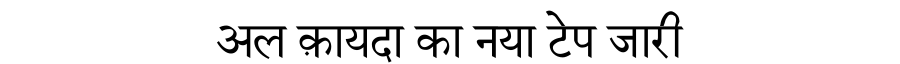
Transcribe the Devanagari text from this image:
अल क़ायदा का नया टेप जारी